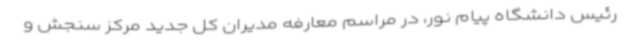
رئیس دانشگاه پیام نور، در مراسم معارفه مدیران کل جدید مرکز سنجش و